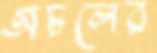
অচলের